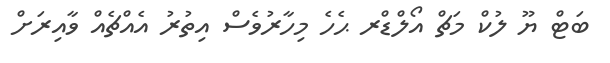
ބަޓް ޔޫ ލުކް މަޗް އޯލްޑްރ ޙެހެ މިހާރުވެސް އިތުރު އެއްޗެއް ވާއިރަށް